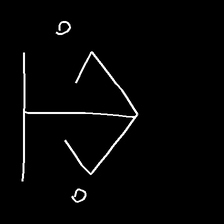
Glyph: earth